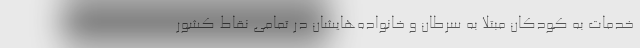
خدمات به کودکان مبتلا به سرطان و خانواده‌هایشان در تمامی نقاط كشور